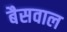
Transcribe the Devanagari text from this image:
बैसवाल